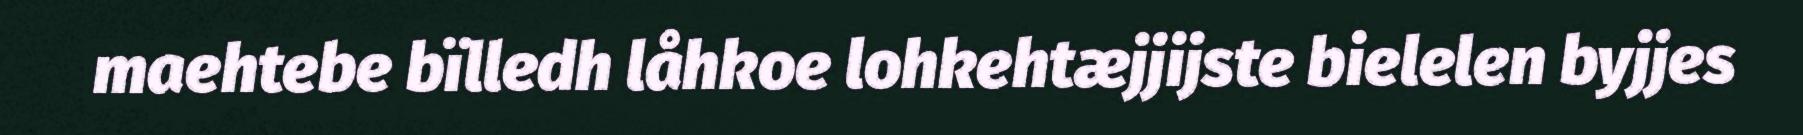
maehtebe bïlledh låhkoe lohkehtæjjijste bielelen byjjes